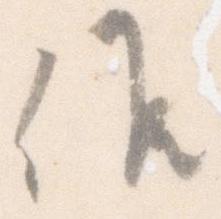
候